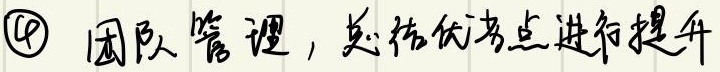
\textcircled{4} 团队管理，总结优劣点进行提升